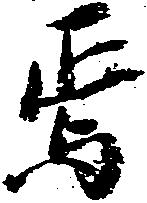
焉